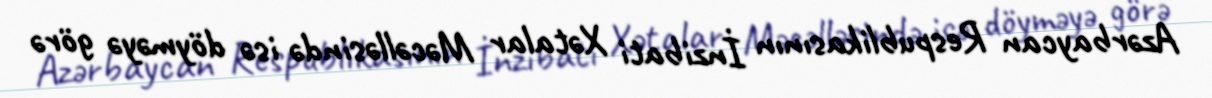
Azərbaycan Respublikasının İnzibati Xətalar Məcəlləsində isə döyməyə görə